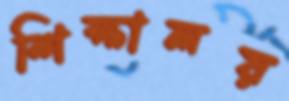
শিক্ষালয়